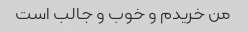
من خریدم و خوب و جالب است